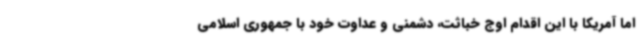
اما آمریکا با این اقدام اوج خباثت، دشمنی و عداوت خود با جمهوری اسلامی